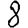
Digit: 8